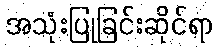
အသုံးပြုခြင်းဆိုင်ရာ